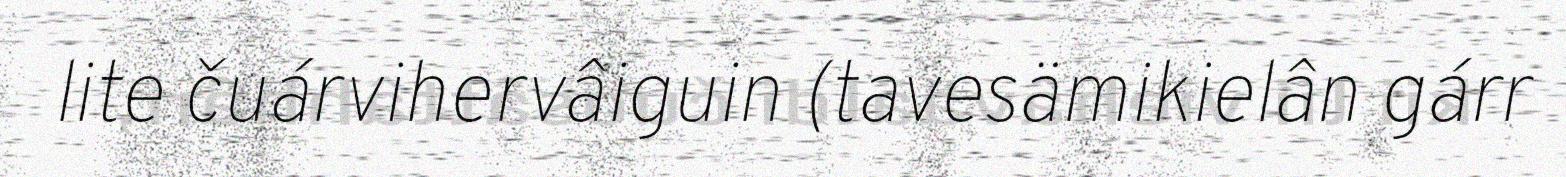
lite čuárvihervâiguin (tavesämikielân gárr